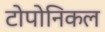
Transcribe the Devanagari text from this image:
टोपोनिकल